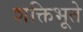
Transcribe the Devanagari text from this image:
शक्तिभूते